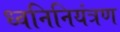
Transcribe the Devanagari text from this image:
ध्वनिनियंत्रण